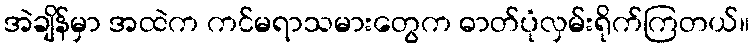
အဲချိန်မှာ အထဲက ကင်မရာသမားတွေက ဓာတ်ပုံလှမ်းရိုက်ကြတယ်။